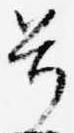
号